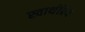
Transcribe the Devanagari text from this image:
स्वार्थप्रिय